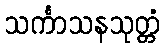
သင်္ကာသနသုတ္တံ